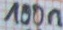
Text: 100n